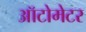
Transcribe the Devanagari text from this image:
ऑटोमेटर